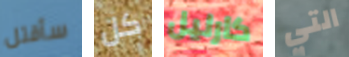
سأقتل كل كارليل التي